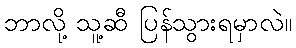
ဘာလို့ သူ့ဆီ ပြန်သွားရမှာလဲ။